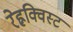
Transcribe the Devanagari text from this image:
रेह्नक्विस्ट